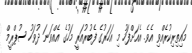
މައިތިރިކުރެއްވި އެވެ. އެއަށްފަހު މި އަހަރުގެ ފެބުރުއަރީ މަހުގެ އެއްވަނަ ދުވަހު ސުޕްރީމް